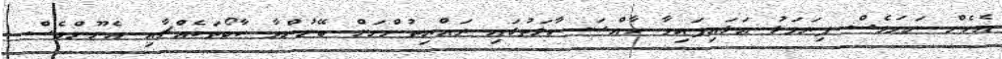
އެހެން ނަމަވެސް ފިޔަވަޅު އަޅައިފައިވާ ހާއްސަ ހާލަތުގައި ރައްޔިތުންނަށް ބޭނުންވާ ކާބޯތަކެއްޗާއި އެނޫންވެސް